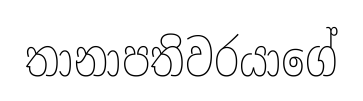
තානාපතිවරයාගේ